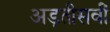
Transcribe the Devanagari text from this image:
अड़तीसवीं